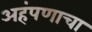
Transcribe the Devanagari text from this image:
अहंपणाचा